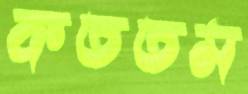
কততম